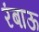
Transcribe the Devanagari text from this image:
रंबाऊ